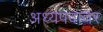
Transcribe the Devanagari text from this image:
अध्यपदावर